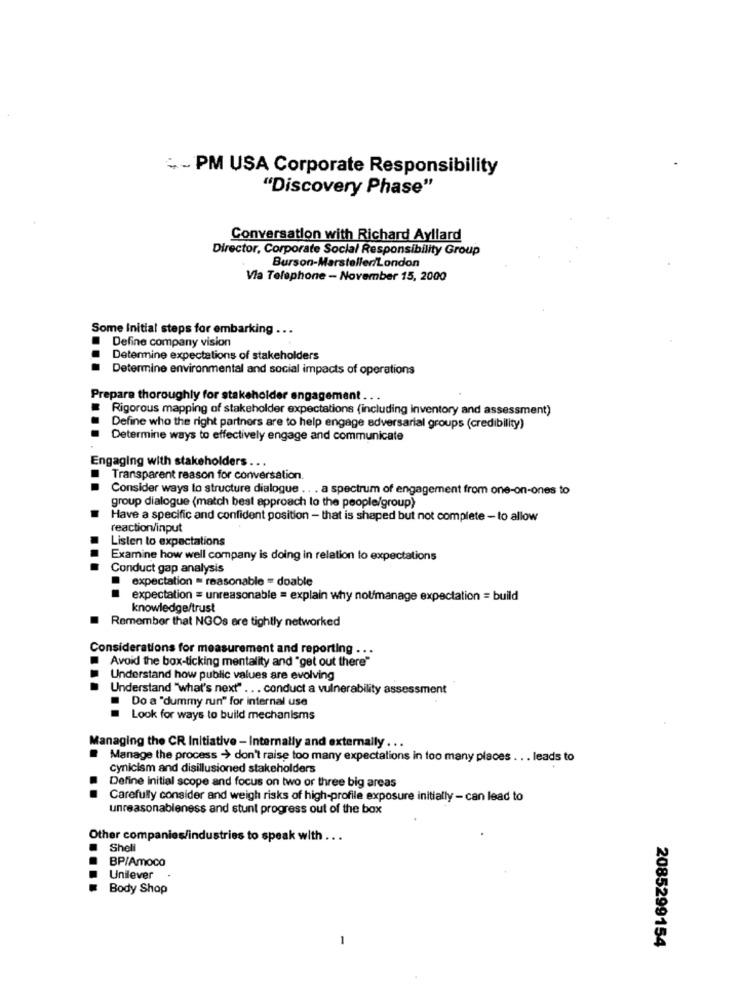
- - PM USA Corporate Responsibility
"Discovery Phase"
Conversation with Richard Ayllard
Director, Corporate Social Responsibility Group
Burson-Marsteller/London
Via Telephone - November 15, 2000
Some Initial steps for embarking ...
Define company vision
Determine expectations of stakeholders
Determine environmental and social impacts of operations
Prepare thoroughly for stakeholder engagement .
.
Rigorous mapping of stakeholder expectations (including inventory and assessment)
Define who the right partners are to help engage adversarial groups (credibility)
Determine ways to effectively engage and communicate
Engaging with stakeholders ...
Transparent reason for conversation.
Consider ways lo structure dialogue .. . a spectrum of engagement from one-on-ones to
group dialogue (match best approach to the people/group)
Have a specific and confident position - that is shaped but not complete - to allow
reaction/input
Listen to expectations
Examine how well company is doing in relation to expectations
Conduct gap analysis
expectation = reasonable = doable
expectation = unreasonable = explain why not/manage expectation = build
knowledge/trust
Remember that NGOs are tightly networked
Considerations for measurement and reporting . . .
Avoid the box-ticking mentality and "get out there"
Understand how public values are evolving
Understand "what's next" ... conduct a vulnerability assessment
Do a "dummy run" for internal use
Look for ways to build mechanisms
Managing the CR Initiative - Internally and externally ...
Manage the process > don't raise too many expectations in too many places . . . leads to
Cynicism and disillusioned stakeholders
Define initial scope and focus on two or three big areas
Carefully consider and weigh risks of high-profile exposure initially - can lead to
unreasonableness and stunt progress out of the box
Other compa
ndustries to speak with .. .
Shell
BP/Amoco
Unilever
Body Shop
-
2085299154